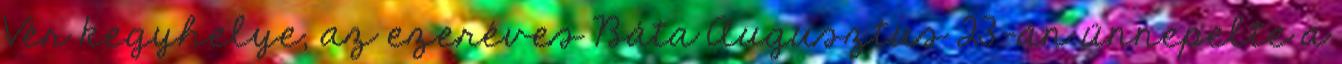
Vér kegyhelye, az ezeréves Báta Augusztus 23-án ünnepelte a